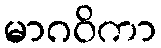
မာဂဝိကာ